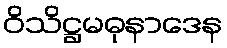
ဝိသိဋ္ဌမဓုနာဒေန